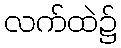
လက်ထဲ၌